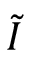
\Tilde { I }